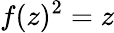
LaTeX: f(z)^{2}=z